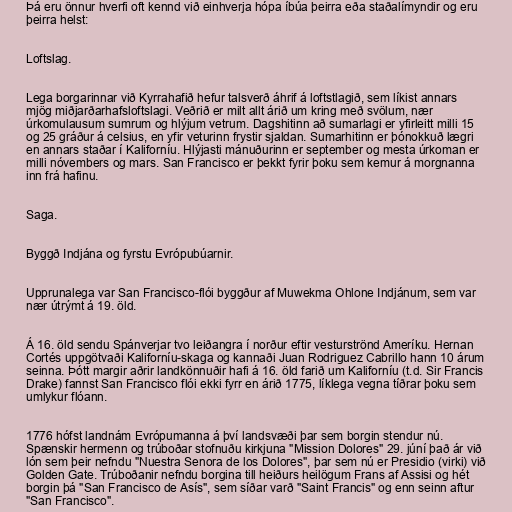
Þá eru önnur hverfi oft kennd við einhverja hópa íbúa þeirra eða staðalímyndir og eru
þeirra helst:

Loftslag.

Lega borgarinnar við Kyrrahafið hefur talsverð áhrif á loftstlagið, sem líkist annars
mjög miðjarðarhafsloftslagi. Veðrið er milt allt árið um kring með svölum, nær
úrkomulausum sumrum og hlýjum vetrum. Dagshitinn að sumarlagi er yfirleitt milli 15
og 25 gráður á celsius, en yfir veturinn frystir sjaldan. Sumarhitinn er þónokkuð lægri
en annars staðar í Kaliforníu. Hlýjasti mánuðurinn er september og mesta úrkoman er
milli nóvembers og mars. San Francisco er þekkt fyrir þoku sem kemur á morgnanna
inn frá hafinu.

Saga.

Byggð Indjána og fyrstu Evrópubúarnir.

Upprunalega var San Francisco-flói byggður af Muwekma Ohlone Indjánum, sem var
nær útrýmt á 19. öld.

Á 16. öld sendu Spánverjar tvo leiðangra í norður eftir vesturströnd Ameríku. Hernan
Cortés uppgötvaði Kaliforníu-skaga og kannaði Juan Rodriguez Cabrillo hann 10 árum
seinna. Þótt margir aðrir landkönnuðir hafi á 16. öld farið um Kaliforníu (t.d. Sir Francis
Drake) fannst San Francisco flói ekki fyrr en árið 1775, líklega vegna tíðrar þoku sem
umlykur flóann.

1776 hófst landnám Evrópumanna á því landsvæði þar sem borgin stendur nú.
Spænskir hermenn og trúboðar stofnuðu kirkjuna "Mission Dolores" 29. júní það ár við
lón sem þeir nefndu "Nuestra Senora de los Dolores", þar sem nú er Presidio (virki) við
Golden Gate. Trúboðanir nefndu borgina till heiðurs heilögum Frans af Assisi og hét
borgin þá "San Francisco de Asís", sem síðar varð "Saint Francis" og enn seinn aftur
"San Francisco".